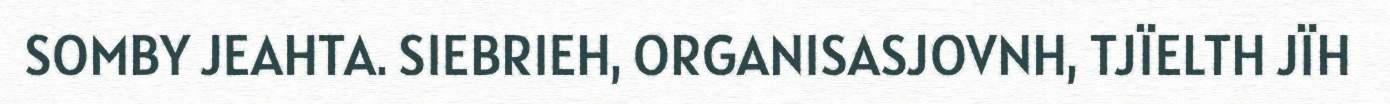
SOMBY JEAHTA. SIEBRIEH, ORGANISASJOVNH, TJÏELTH JÏH